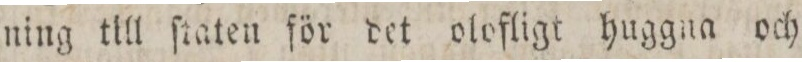
ning till ſtaten för det olofligt huggna och